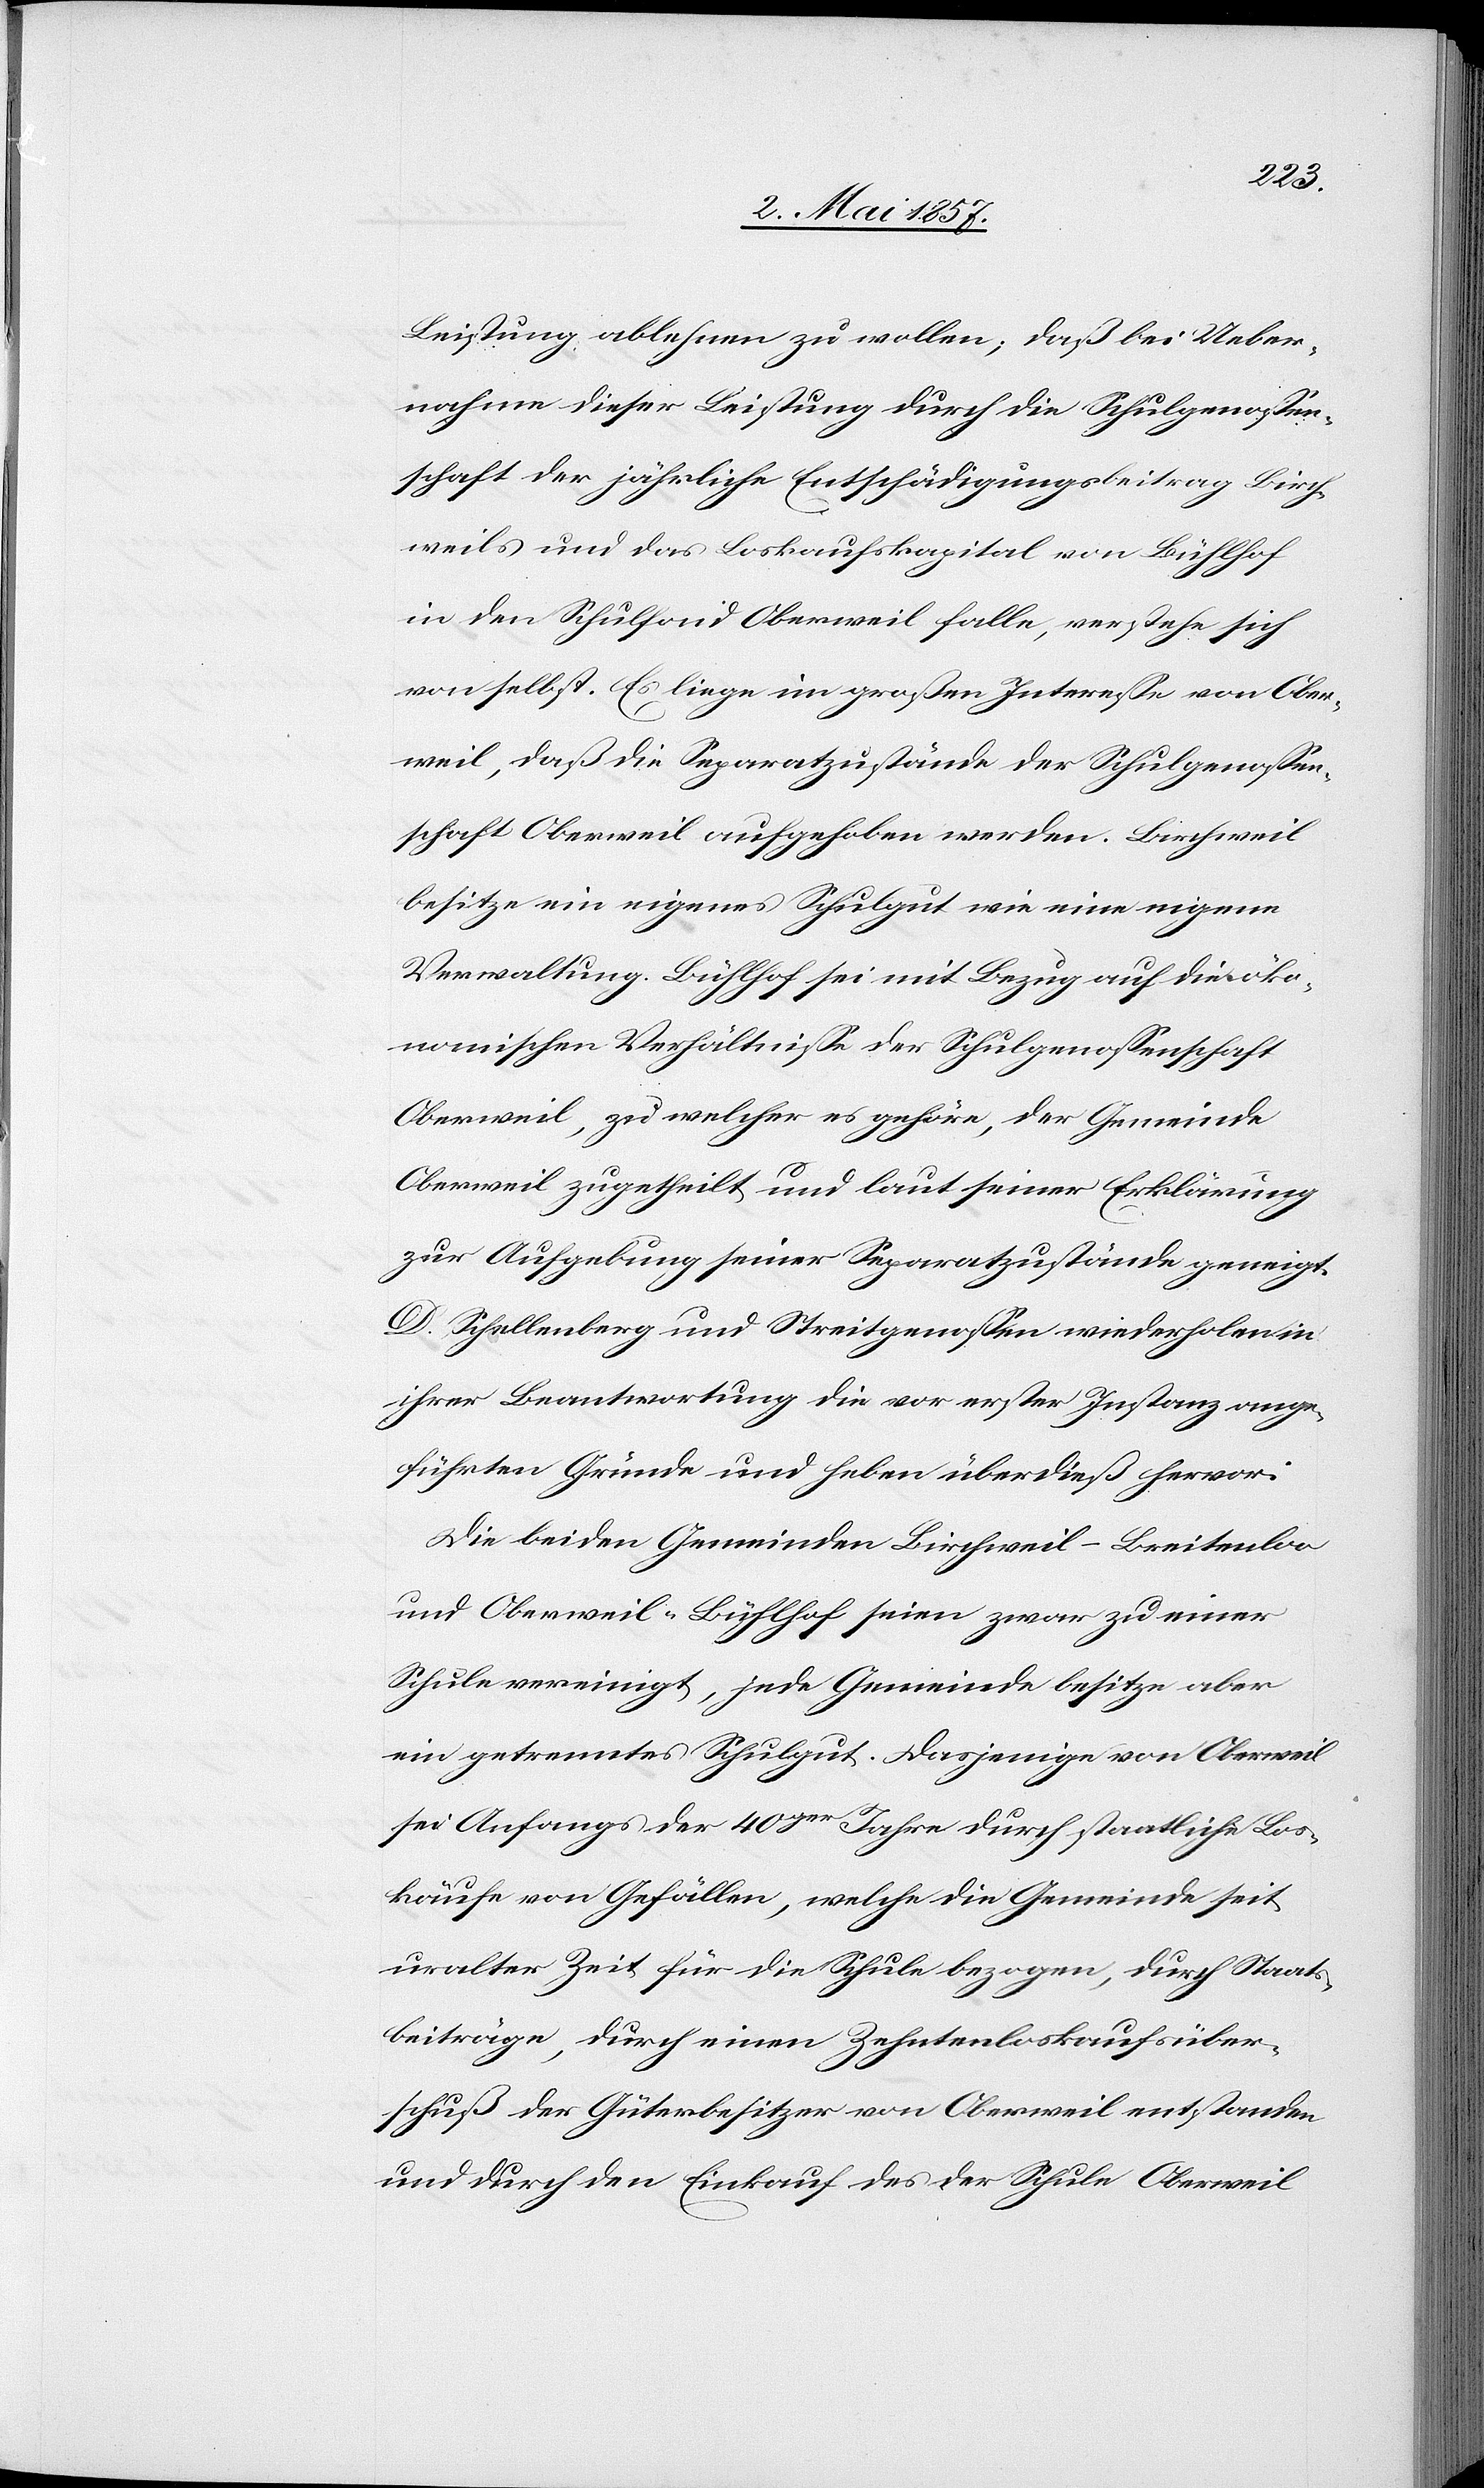
Leistung ablehnen zu wollen; daß bei Ueber¬
nahme dieser Leistung durch die Schulgenossen¬
schaft der jährliche Entschädigungsbeitrag Birch¬
weils und das Loskaufskapital von Bühlhof
in den Schulfond Oberweil falle, verstehe sich
von selbst. Es liege im großen Interesse von Ober¬
weil, daß die Seperatzustände der Schulgenossen¬
chaft Oberweil aufgehoben werden. Birchweil
besitze ein eigenes Schulgut wie eine eigene
Verwaltung. Bühlhof sei mit Bezug auf die öko¬
nomischen Verhältnisse der Schulgenossenschaft
Oberweil, zu welcher es gehöre, der Gemeinde
Oberweil zugetheilt und laut seiner Erklärung
zur Aufgebung seiner Separatzustände geneigt.
D. Schellenberg und Streitgenossen wiederholen in
ihrer Beantwortung die vor erster Instanz ange¬
führten Gründe und heben überdieß hervor:
Die beiden Gemeinden Birchweil-Breitenloo
und Oberweil-Bühlhof seien zwar zu einer
Schule vereinigt, jede Gemeinde besitze aber
ein getrenntes Schulgut. Dasjenige von Oberweil
sei Anfangs der 40ger Jahre durch staatliche Los¬
käufe von Gefällen, welche die Gemeinde seit
uralter Zeit für die Schule bezogen, durch Staats¬
beiträge, durch einen Zehntenloskaufsüber¬
schuß der Güterbesitzer von Oberweil entstanden
und durch den Einkauf des der Schule Oberweil